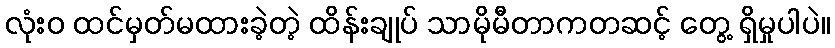
လုံးဝ ထင်မှတ်မထားခဲ့တဲ့ ထိန်းချုပ် သာမိုမီတာကတဆင့် တွေ့ ရှိမှုပါပဲ။